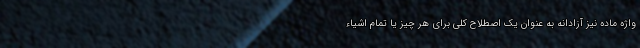
واژه ماده نیز آزادانه به عنوان یک اصطلاح کلی برای هر چیز یا تمام اشیاء